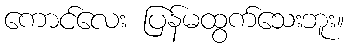
ကောင်လေး ပြန်မထွက်သေးဘူး။